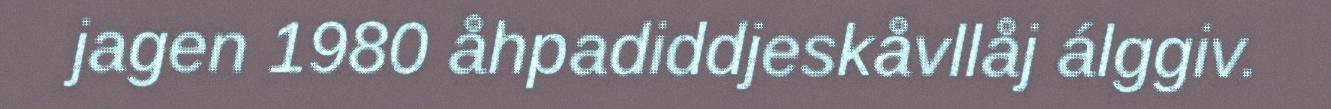
jagen 1980 åhpadiddjeskåvllåj álggiv.